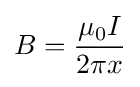
B={\frac {\mu _{0}I}{2\pi x}}